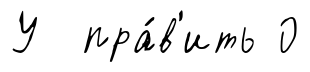
У пра́в'ить 0